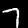
Digit: 7